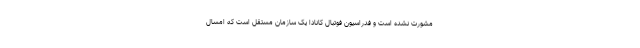
مشورت نشده است و فدراسیون فوتبال کانادا یک سازمان مستقل است که امسال